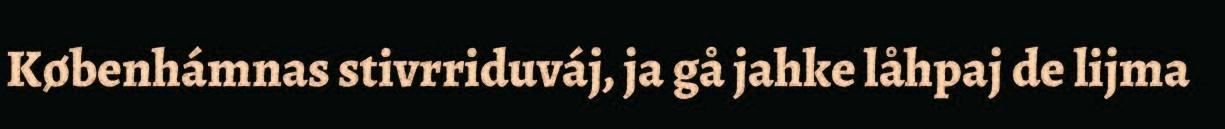
Københámnas stivrriduváj, ja gå jahke låhpaj de lijma